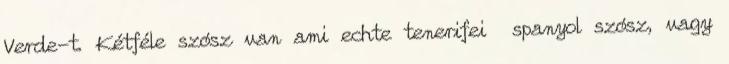
Verde-t. Kétféle szósz van ami echte tenerifei spanyol szósz, vagy